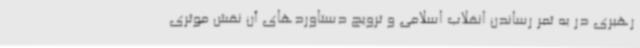
رهبری در به ثمر رساندن انقلاب اسلامی و ترویج دستاوردهای آن نقش موثری